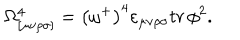
\Omega _ { [ \mu \nu \rho \sigma ] } ^ { 4 } = \left( \omega ^ { + } \right) ^ { 4 } \varepsilon _ { \mu \nu \rho \sigma } t r \, \phi ^ { 2 } .